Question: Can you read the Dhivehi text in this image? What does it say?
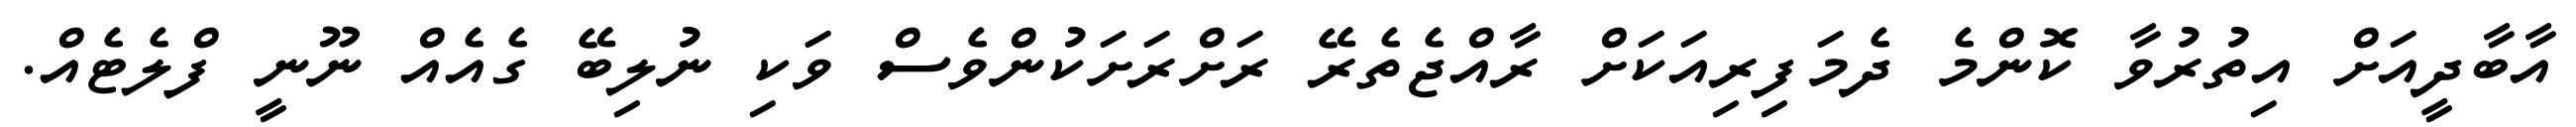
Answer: އާބާދީއަށް އިތުރުވާ ކޮންމެ ދެމަފިރިއަކަށް ރާއްޖެތެރޭ ރަށްރަށަކުންވެސް ވަކި ނުލިބޭ ގެއެއް ނޫނީ ފްލެޓެއް.